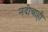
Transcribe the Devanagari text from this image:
नदीचाही